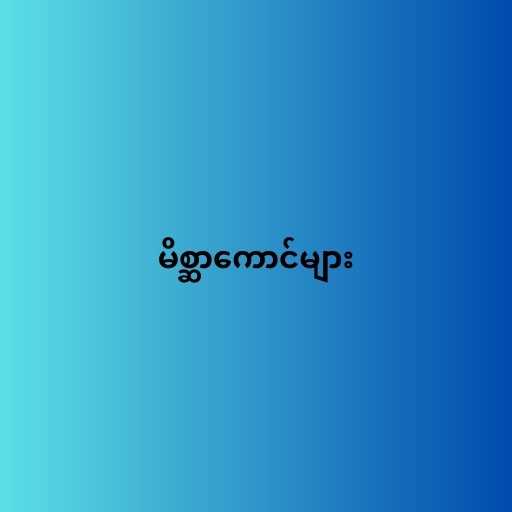
မိစ္ဆာကောင်များ